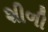
શીળી